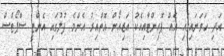
އަދި ހަވަނައިގައި އެއް ޕޮއިންޓާއިއެކު އަޒިއޯން އޮތްއިރު އެންމެ ފުލުގައި އެންޓީ ސްޕޯޓްސް